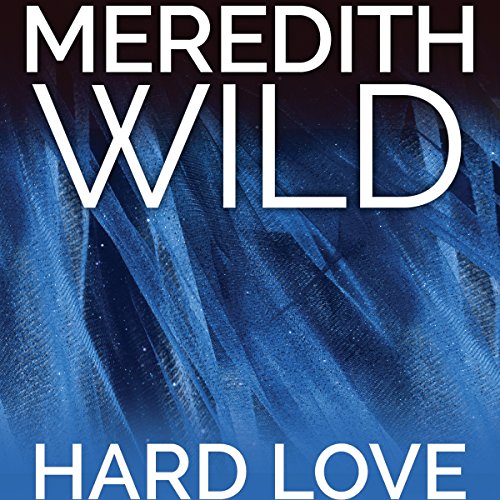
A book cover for Hard Love: The Hacker Series #5; Meredith Wild; Romance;